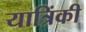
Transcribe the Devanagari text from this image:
यात्रिंकी